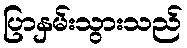
ပြာနှမ်းသွားသည်